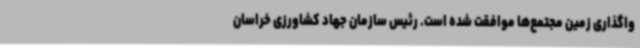
واگذاری زمین مجتمع‌ها موافقت شده است. رئیس سازمان جهاد کشاورزی خراسان